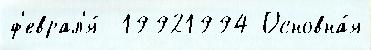
ф'еврал'я́  19921994 Основна́я